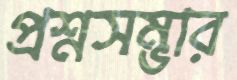
প্রশ্নসম্ভার